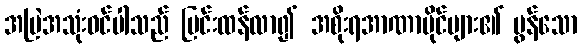
အမြဲအသုံးဝင်ပါသည် ပြင်းထန်လာ၍ အစိုးရအာဏာပိုင်များ၏ မွန်သော